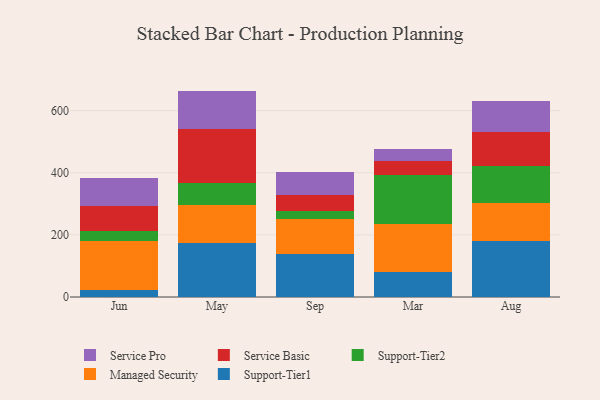
{"axis": {"x": "Month", "y": "Shipments"}, "legend": ["Managed Security", "Service Basic", "Service Pro", "Support-Tier1", "Support-Tier2"], "data": [{"x": "Jun", "y": 21.0, "type": "Support-Tier1"}, {"x": "Jun", "y": 158.4, "type": "Managed Security"}, {"x": "Jun", "y": 32.2, "type": "Support-Tier2"}, {"x": "Jun", "y": 82.4, "type": "Service Basic"}, {"x": "Jun", "y": 88.7, "type": "Service Pro"}, {"x": "May", "y": 174.5, "type": "Support-Tier1"}, {"x": "May", "y": 121.8, "type": "Managed Security"}, {"x": "May", "y": 71.4, "type": "Support-Tier2"}, {"x": "May", "y": 174.7, "type": "Service Basic"}, {"x": "May", "y": 121.3, "type": "Service Pro"}, {"x": "Sep", "y": 138.2, "type": "Support-Tier1"}, {"x": "Sep", "y": 111.6, "type": "Managed Security"}, {"x": "Sep", "y": 28.0, "type": "Support-Tier2"}, {"x": "Sep", "y": 49.9, "type": "Service Basic"}, {"x": "Sep", "y": 75.5, "type": "Service Pro"}, {"x": "Mar", "y": 82.0, "type": "Support-Tier1"}, {"x": "Mar", "y": 154.6, "type": "Managed Security"}, {"x": "Mar", "y": 156.1, "type": "Support-Tier2"}, {"x": "Mar", "y": 43.7, "type": "Service Basic"}, {"x": "Mar", "y": 41.6, "type": "Service Pro"}, {"x": "Aug", "y": 178.7, "type": "Support-Tier1"}, {"x": "Aug", "y": 124.6, "type": "Managed Security"}, {"x": "Aug", "y": 117.9, "type": "Support-Tier2"}, {"x": "Aug", "y": 110.9, "type": "Service Basic"}, {"x": "Aug", "y": 99.2, "type": "Service Pro"}]}